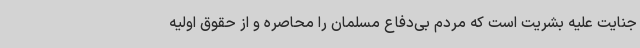
جنایت علیه بشریت است که مردم بی‌دفاع مسلمان را محاصره و از حقوق اولیه